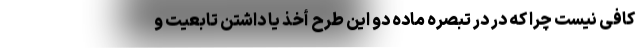
کافی نیست چرا که در در تبصره ماده دو این طرح أخذ یا داشتن تابعیت و